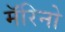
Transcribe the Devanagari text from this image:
मॅरिनो